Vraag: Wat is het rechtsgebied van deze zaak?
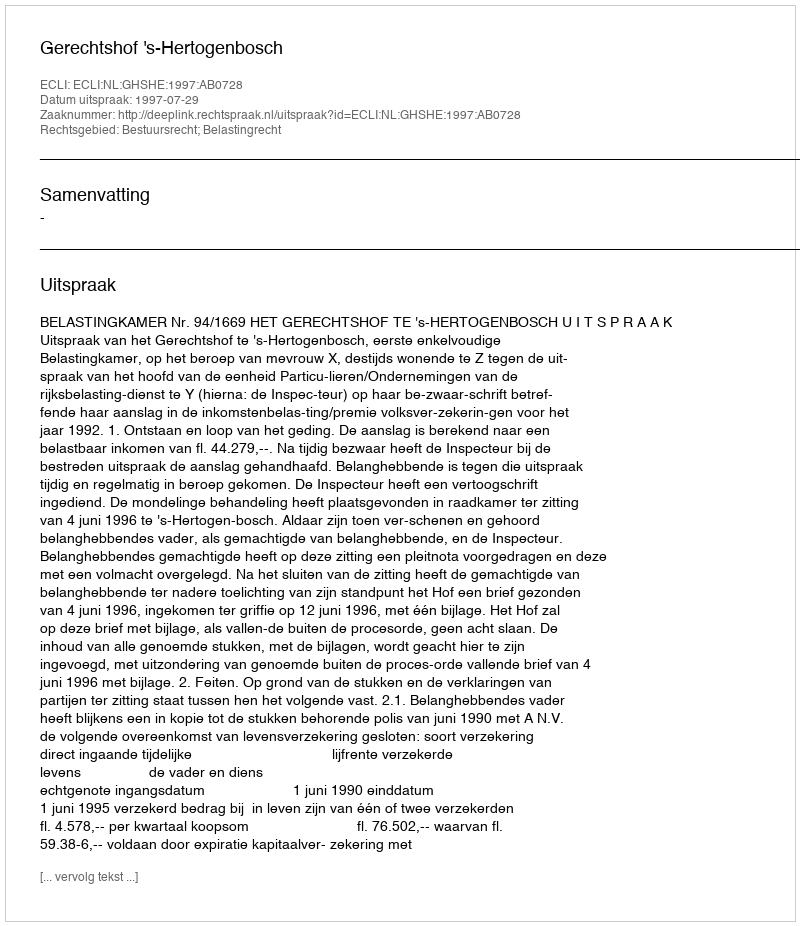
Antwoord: Bestuursrecht; Belastingrecht